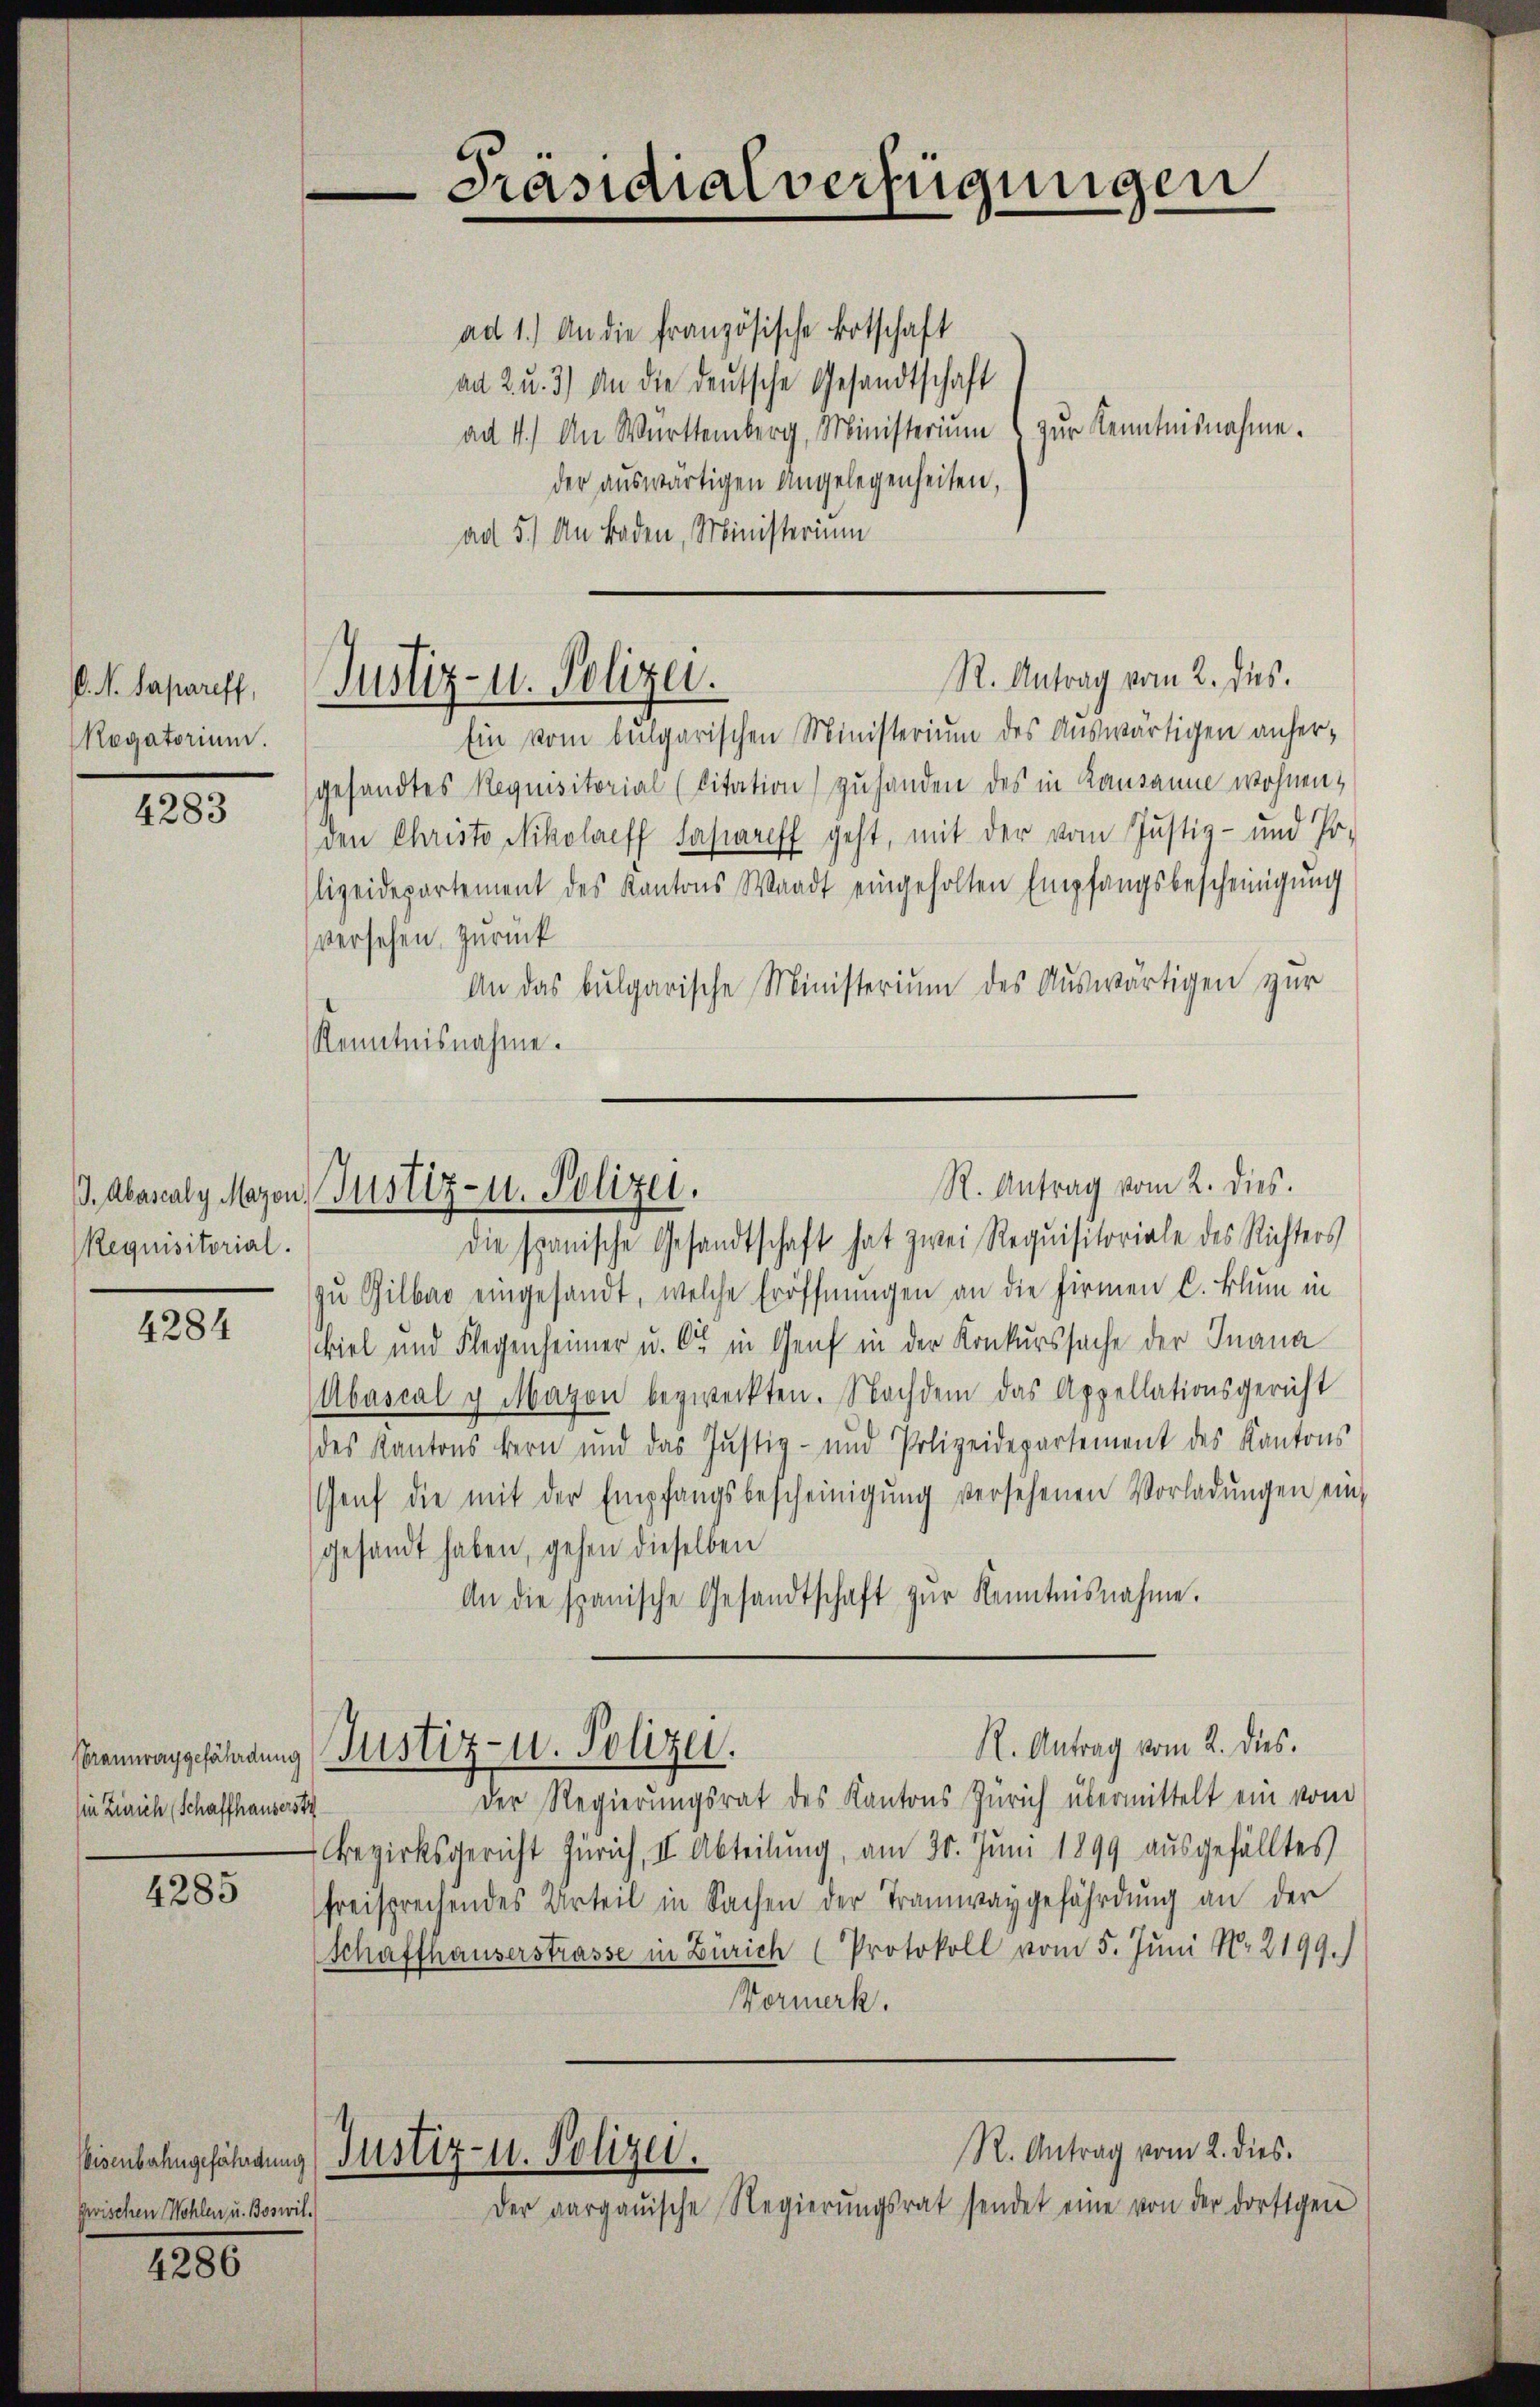
V. K. Sapariff,
Regatorium.

4283

Requisitorial.

4284

Braunraggefährdung
(in Zürich (Schaffhauserst

4285

zwischen Wohlen u. Boswil¬

4286

Präsidialverfügungen

ad 1.) An die französische Botschaft
ad 2. u. 3) An die deutsche Gesandtschaft
ad 4.) An Württemberg, Ministeriŭm zŭr Kenntnisnahme.
der auswärtigen Angelegenheiten,
ad 5.) An Boden, Ministerium

R. Antrag vom 2. des
Justiz- u. Polizei.

Ein vom bulgarischen Ministerium des Auswärtigen anhergesandtes Requisitorial (Citation) zu handen des in Kausanne wohnen,
den Christo Nikolacff Fasareff geht, mit der vom Justiz- und Po-
lizeidepartement des Kantons Waadt eingeholten Empfangsbescheinigŭng
versehen, zurück
An das bulgarische Ministerium des Auswärtigen zur
Kenntnisnahme.

R. Antrag vom 2. dies.
I. Abascaly Mazen, Justiz- u. Polizei.

die spanische Gesandtschaft hat zwei Requisitoriale des Richters
zŭ Gilbar eingesandt, welche Eröffnŭngen an die Firmen C. Blum in
viel und Flegenheimer u. 62 in Genf in der Konkurssache der Inana
Abascal u. Mayon bezweckten. Nachdem das Appellationsgericht
des Kantons Bern und das Justiz- und Polizeidepartement des Kantons
Genf die mit der Empfangsbescheinigŭng versehenen Vorladŭngen ein
gesandt haben, gehen dieselben
An die spanische Gesandtschaft zŭr Kenntnisnahme.
R. Antrag vom 2. dies.
Justiz- u. Polizei.
Der Regierungsrat des Kantons Zürich übermittelt ein vom
Bezirksgericht Zürich, II. Abteilung, am 30. Juni 1899 ausgefälltes
freisprechendes Urteil in Sachen der Tramwaygefährdung an der
Schaffhauserstrasse in Zürich (Protokoll vom 5. Juni No 2199.)
Vormerk.
R. Antrag vom 2. dies
Eisenbahngefährdung Justiz- u. Polizei.
Der aargauische Regierŭngsrat sendet eine von der dortigen